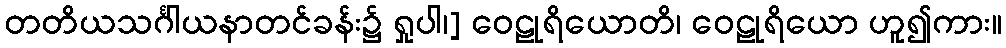
တတိယသင်္ဂါယနာတင်ခန်း၌ ရှုပါ၊] ဝေဠုရိယောတိ၊ ဝေဠုရိယော ဟူ၍ကား။